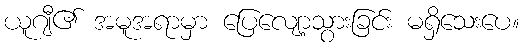
ယူဂျီ၏ အမူအရာမှာ ပြေလျော့သွားခြင်း မရှိသေးပေ။